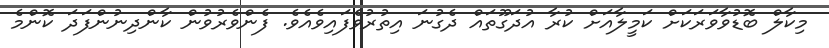
މިކާލް ބޮޑުވާވަރަކަށް ކަމީލާއަށް ކުރާ އުދަގޫތައް ދެގުނަ އިތުރުވެފައިވެއެވެ. ފެންވެރުވުން ކާންދިނުންފަދަ ކޮންމެ